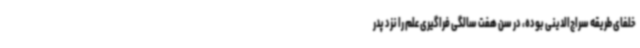
خلفای طریقه سراج‌الدینی بوده، در سن هفت سالگی فراگیری علم را نزد پدر